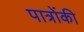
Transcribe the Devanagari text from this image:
पात्रोंकी